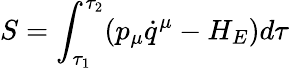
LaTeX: S=\int_{\tau_{1}}^{\tau_{2}}(p_{\mu}\dot{q}^{\mu}-H_{E})d\tau